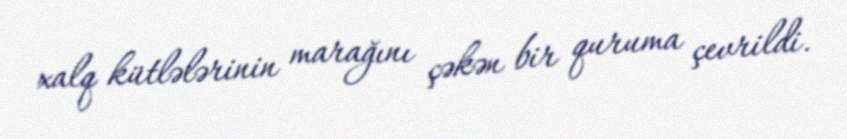
xalq kütlələrinin marağını çəkən bir quruma çevrildi.